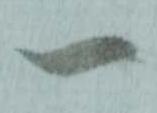
一